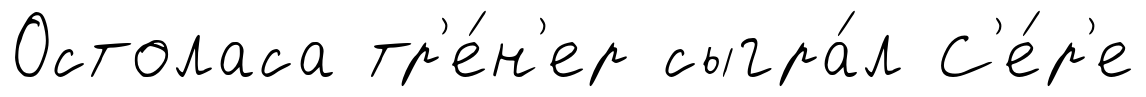
Остоласа тр'е́н'ер сыгра́л С'е́р'е